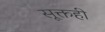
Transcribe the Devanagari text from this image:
सूक्तही